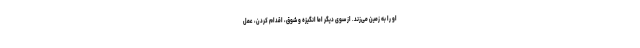
او را به زمین می‌زند. از سوی دیگر اما انگیزه و شوق، اقدام کردن، عمل